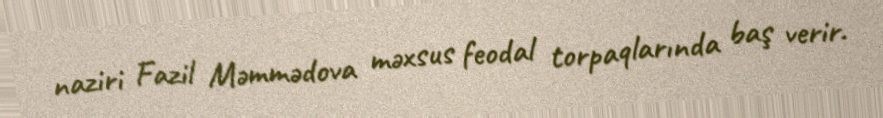
naziri Fazil Məmmədova məxsus feodal torpaqlarında baş verir.